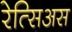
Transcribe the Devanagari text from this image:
रेत्सिअस